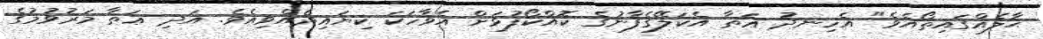
ޙާލެއްގައިތޯއެވެ" އެހިނދު ޢަޠާ އެކަލޭގެފާނުގެ ކޮއްކޯފުޅަށް އެވާހަކަ ކިޔައިދެއްވިއެވެ. އަދި ޢަޠާ މަރުވުމުގެ